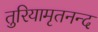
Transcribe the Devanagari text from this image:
तुरियामृतनन्द